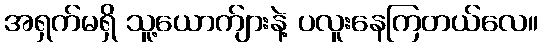
အရှက်မရှိ သူ့ယောက်ျားနဲ့ ပလူးနေကြတယ်လေ။